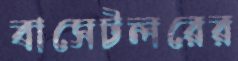
বাসেটলরের